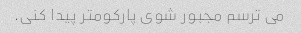
می ترسم مجبور شوی پارکومتر پیدا کنی.